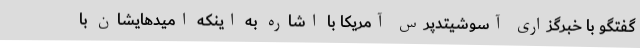
گفتگو با خبرگزاری آسوشیتدپرس آمریکا با اشاره به اینکه امیدهایشان با